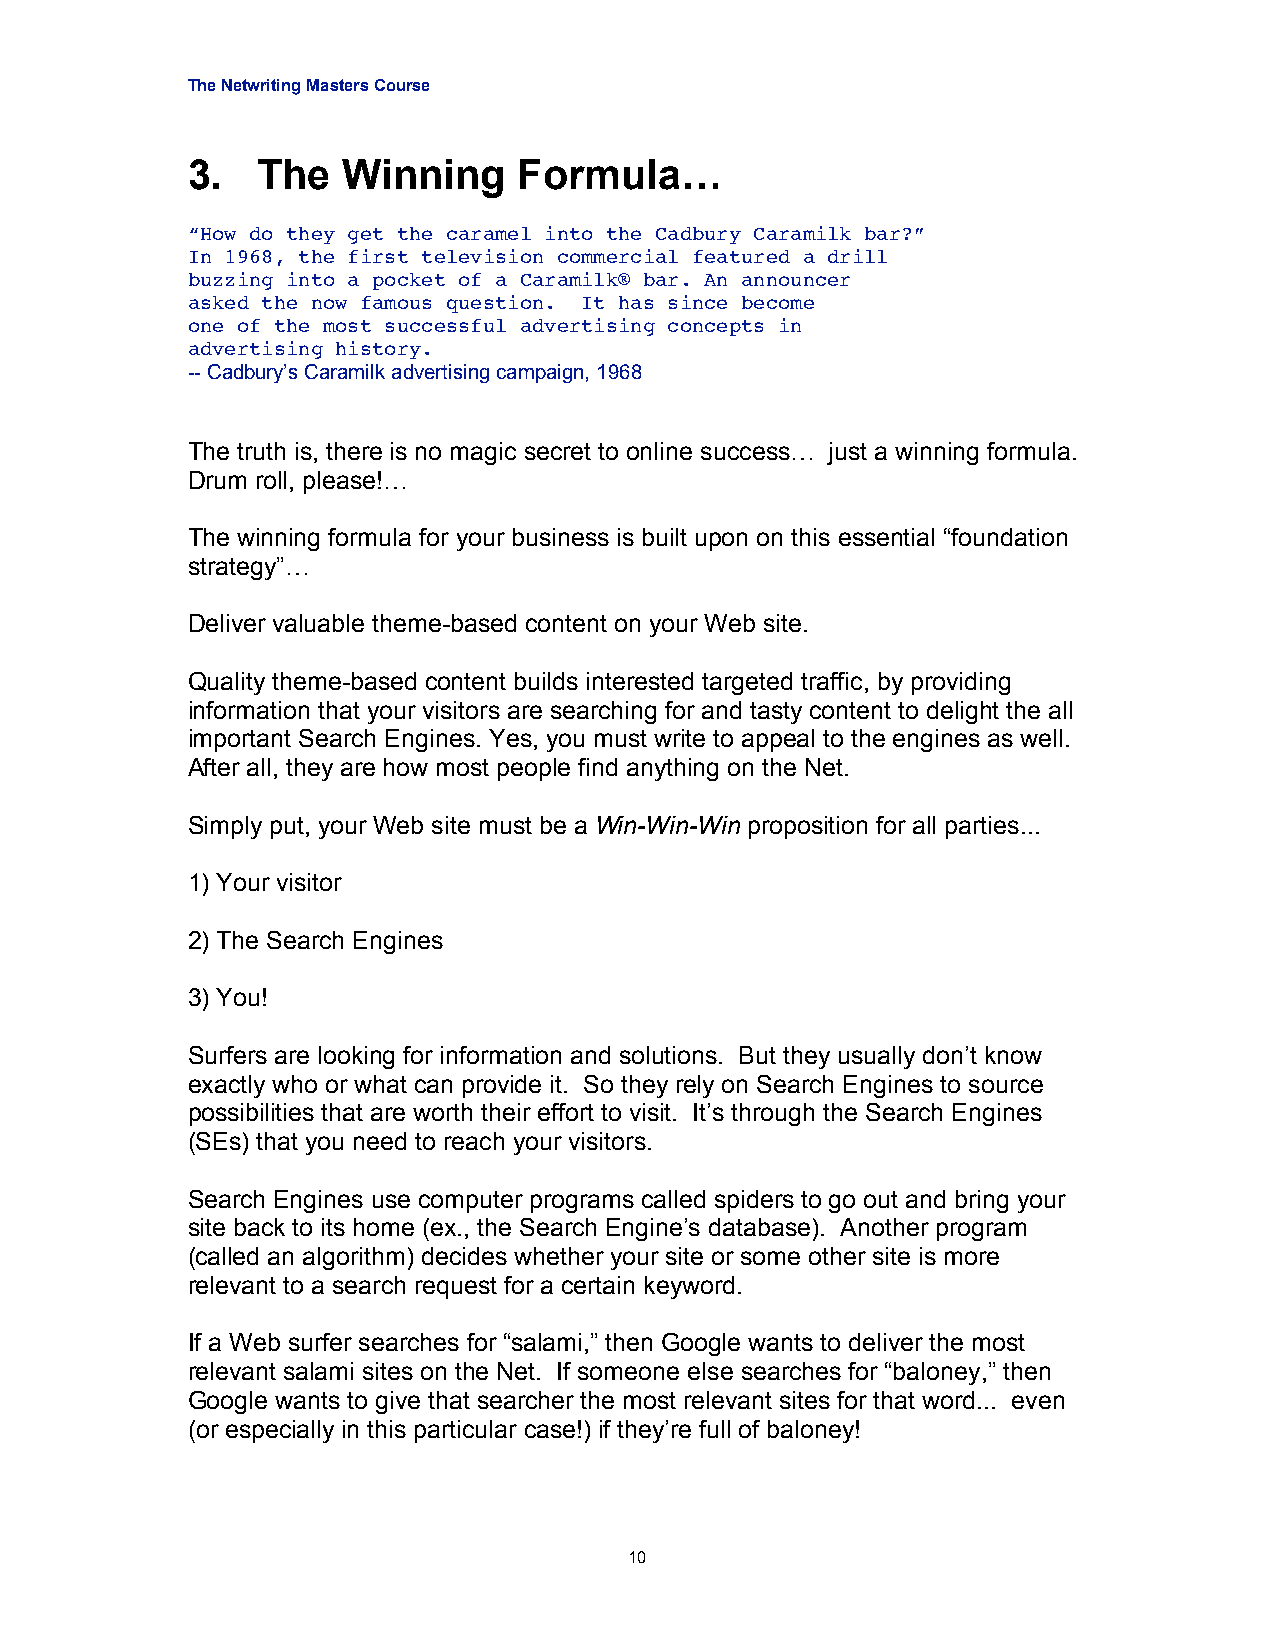
The Netwriting Masters Course
 3.   The   Winning    Formula…
 “How do they get the caramel into the Cadbury Caramilk bar?”
 In 1968, the first television commercial featured a drill
 buzzing into a pocket of a Caramilk® bar. An announcer
 asked the now famous question. It has since become
 one of the most successful advertising concepts in
 advertising history.
 -- Cadbury’s Caramilk advertising campaign, 1968
 The truth is, there is no magic secret to online success… just a winning formula.
 Drum roll, please!…
 The winning formula for your business is built upon on this essential “foundation
 strategy”…
 Deliver valuable theme-based content on your Web site.
 Quality theme-based content builds interested targeted traffic, by providing
 information that your visitors are searching for and tasty content to delight the all
 important Search Engines. Yes, you must write to appeal to the engines as well.
 After all, they are how most people find anything on the Net.
 Simply put, your Web site must be a Win-Win-Win proposition for all parties...
 1) Your visitor
 2) The Search Engines
 3) You!
 Surfers are looking for information and solutions. But they usually don’t know
 exactly who or what can provide it. So they rely on Search Engines to source
 possibilities that are worth their effort to visit. It’s through the Search Engines
 (SEs) that you need to reach your visitors.
 Search Engines use computer programs called spiders to go out and bring your
 site back to its home (ex., the Search Engine’s database). Another program
 (called an algorithm) decides whether your site or some other site is more
 relevant to a search request for a certain keyword.
 If a Web surfer searches for “salami,” then Google wants to deliver the most
 relevant salami sites on the Net. If someone else searches for “baloney,” then
 Google wants to give that searcher the most relevant sites for that word... even
 (or especially in this particular case!) if they’re full of baloney!
 10